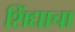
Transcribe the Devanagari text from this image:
शिंद्याचा